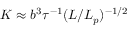
K \approx b ^ { 3 } \tau ^ { - 1 } ( L / L _ { p } ) ^ { - 1 / 2 }